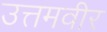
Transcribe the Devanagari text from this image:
उत्तमवीर